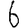
Digit: 6